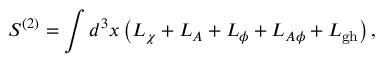
S ^ { ( 2 ) } = \int d ^ { 3 } x \left( { \cal L } _ { \chi } + { \cal L } _ { A } + { \cal L } _ { \phi } + { \cal L } _ { A \phi } + { \cal L } _ { \mathrm { g h } } \right) ,